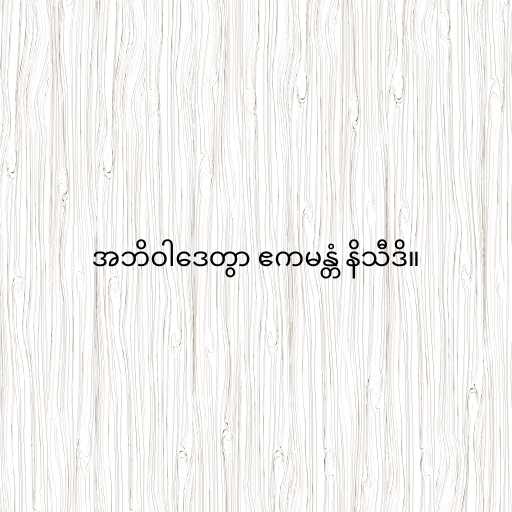
အဘိဝါဒေတွာ ဧကမန္တံ နိသီဒိ။